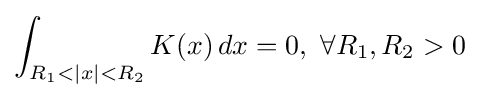
\int _{R_{1}<|x|<R_{2}}K(x)\,dx=0,\ \forall R_{1},R_{2}>0